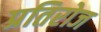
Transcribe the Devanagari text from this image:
प्रतिरोज